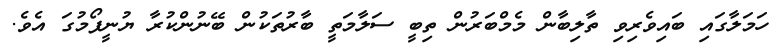
ހަމަލާގައި ބައިވެރިވި ތާލިބާން މެމްބަރުން ތިބީ ސަލާމަތީ ބާރުތަކުން ބޭނުންކުރާ ޔުނީފޯމުގަ އެވެ.